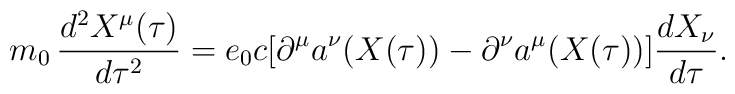
m_0 \, \frac{d^2 X^\mu(\tau)}{d\tau^2} = e_0 c [ \partial^\mu a^\nu(X(\tau)) - \partial^\nu a^\mu(X(\tau)) ] \frac{dX_\nu}{d\tau} .